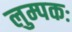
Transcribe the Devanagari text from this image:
लुम्पकः